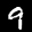
Label: 9